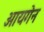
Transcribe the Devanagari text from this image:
आयगेन